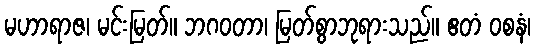
မဟာရာဇ၊ မင်းမြတ်။ ဘဂဝတာ၊ မြတ်စွာဘုရားသည်။ ဧတံ ဝစနံ၊